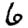
Digit: 6